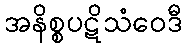
အနိစ္စပဋိသံဝေဒီ